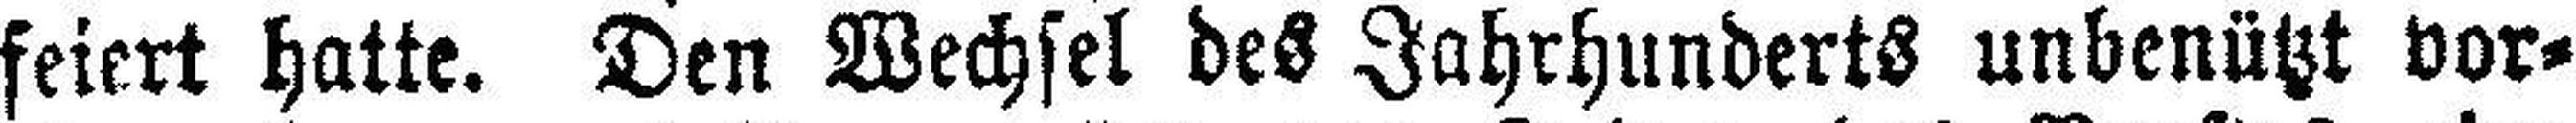
feiert hatte. Den Wechsel des Jahrhunderts unbenützt vor¬